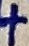
Text: +